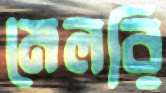
মেলরি